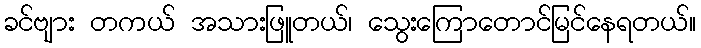
ခင်ဗျား တကယ် အသားဖြူတယ်၊ သွေးကြောတောင်မြင်နေရတယ်။